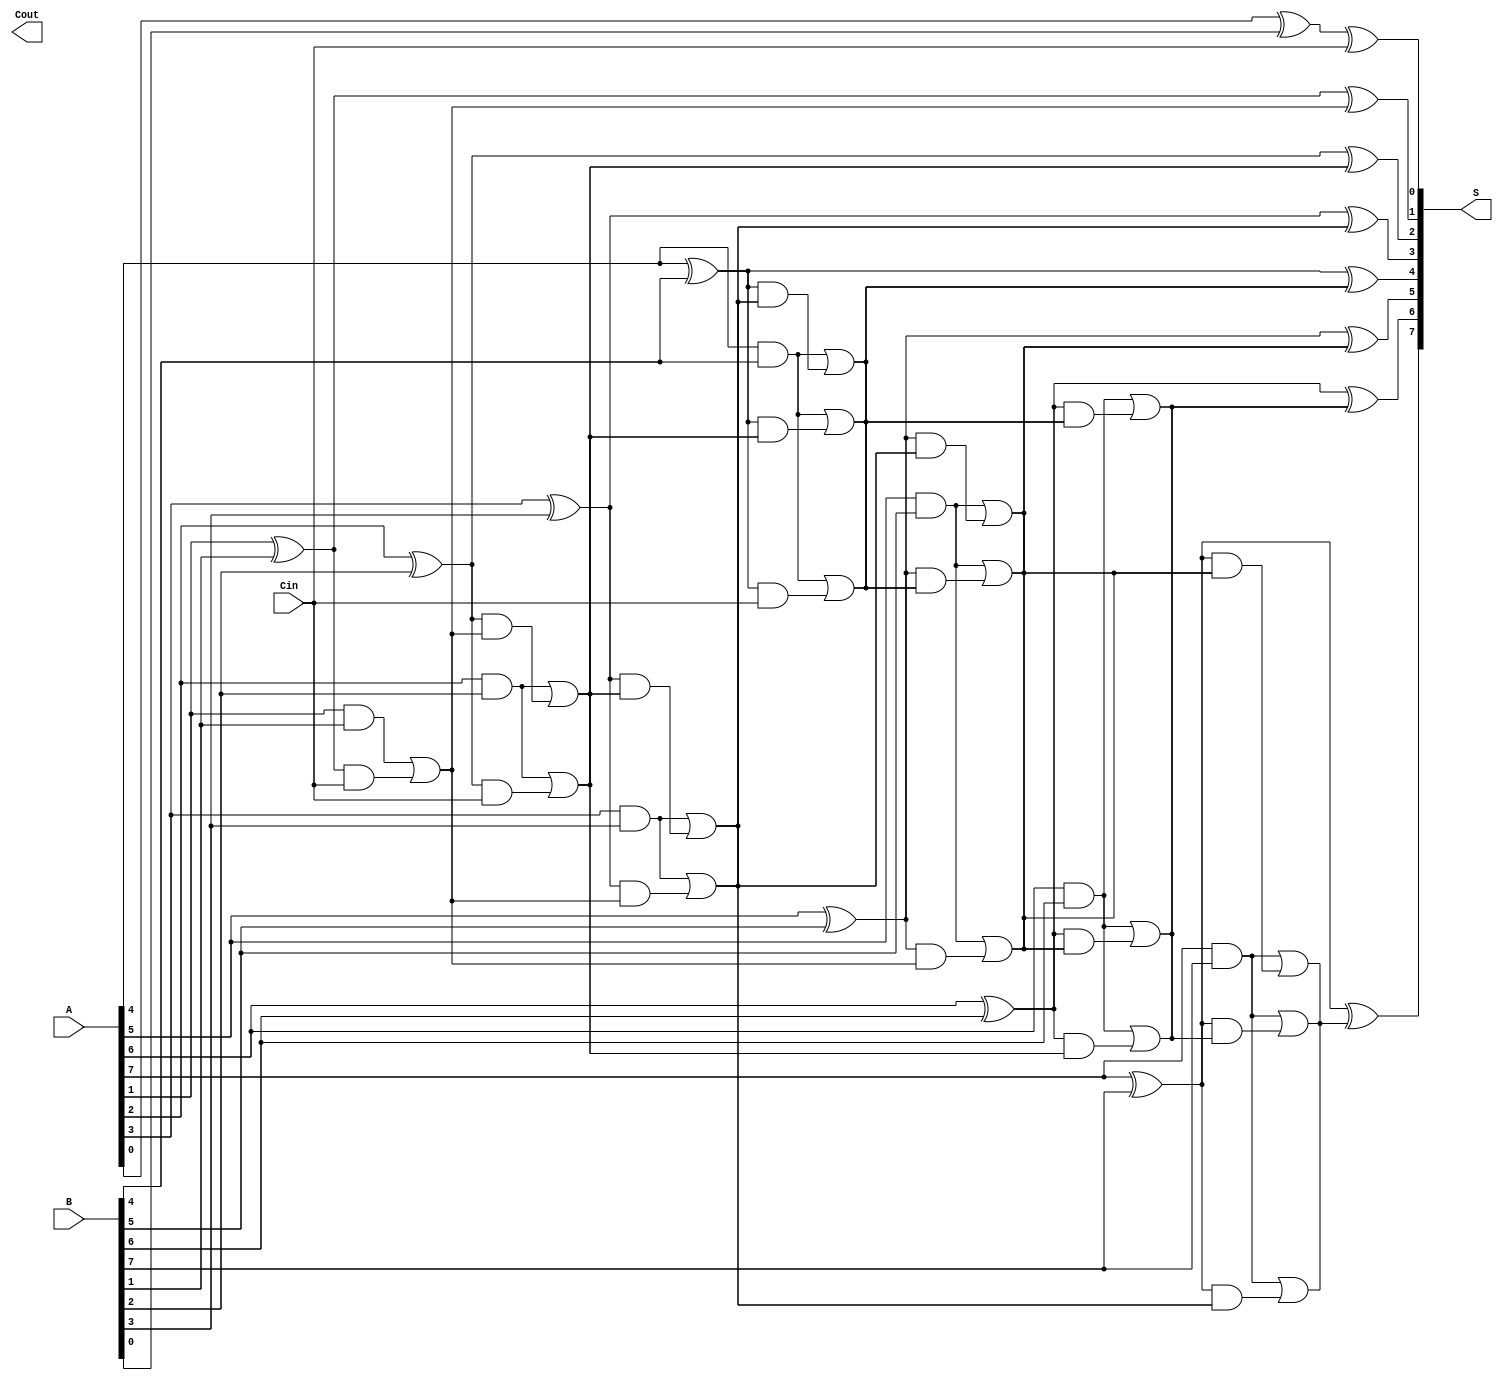
module KoggeStoneAdder #(parameter N = 8) (
    input  [N-1:0] A,      // First input
    input  [N-1:0] B,      // Second input
    input          Cin,     // Carry-in
    output [N-1:0] S,      // Sum output
    output         Cout     // Carry-out
);

    // Generate and Propagate signals
    wire [N-1:0] P; // Propagate
    wire [N-1:0] G; // Generate

    genvar i;
    generate
        for (i = 0; i < N; i = i + 1) begin : gen_pg
            assign P[i] = A[i] ^ B[i]; // Propagate
            assign G[i] = A[i] & B[i]; // Generate
        end
    endgenerate

    // Carry signals
    wire [N:0] C; // Carry signals, C[0] = Cin

    assign C[0] = Cin;

    // Kogge-Stone carry generation
    genvar k;
    generate
        for (k = 1; k <= $clog2(N); k = k + 1) begin : carry_gen
            for (i = 0; i < N; i = i + 1) begin : carry_stage
                if (i >= (1 << (k-1))) begin
                    assign C[i] = G[i] | (P[i] & C[i - (1 << (k-1))]);
                end
            end
        end
    endgenerate

    // Sum calculation
    generate
        for (i = 0; i < N; i = i + 1) begin : sum_calc
            assign S[i] = P[i] ^ C[i]; // Sum
        end
    endgenerate

    // Carry-out
    assign Cout = C[N];

endmodule